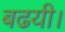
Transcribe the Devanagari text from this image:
बढयी।